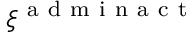
\xi ^ { \mathrm { ~ a ~ d ~ m ~ i ~ n ~ a ~ c ~ t ~ } }